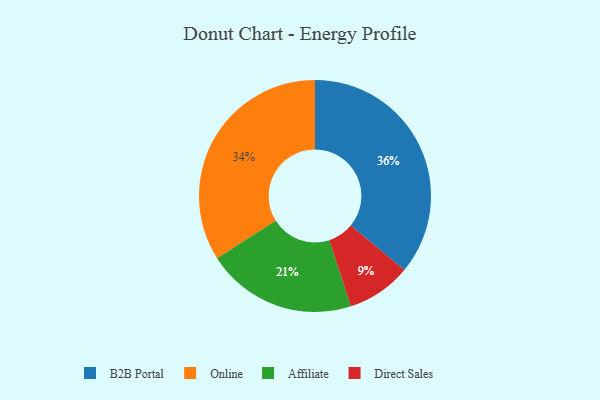
{"axis": {"x": "Category", "y": "Percentage"}, "legend": ["Affiliate", "B2B Portal", "Direct Sales", "Online"], "data": [{"x": "Direct Sales", "y": 9, "type": "Direct Sales"}, {"x": "Affiliate", "y": 21, "type": "Affiliate"}, {"x": "B2B Portal", "y": 36, "type": "B2B Portal"}, {"x": "Online", "y": 34, "type": "Online"}]}